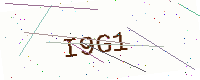
Text: I9G1